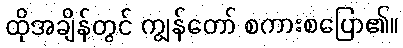
ထိုအချိန်တွင် ကျွန်တော် စကားစပြော၏။